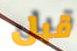
قبل